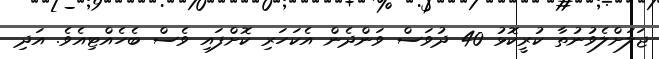
ޖަލަށްލެވުނުތާ ކުރީކޮޅު 40 ދުވަސް ވަންދެން އެކަހަރި ކޮށްފައި ވެސް ބެހެއްޓިއެވެ. އަދި